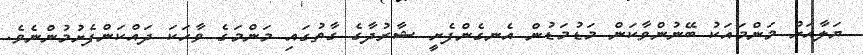
ޔަލާއަށް މަންމައަކު ބޭނުންވާކަން މަޑުމަޑުން އެނގެންފެށީ ޝާރުދާގެ ގާތުގައި މަންމަގެ ވާހަކަ ދައްކަންފެށުމުންނެވެ.